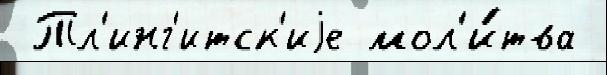
 Тл'инг'итск'иjе мол'и́тва